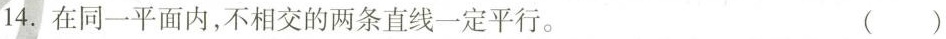
14.在同一平面内，不相交的两条直线一定平行。 ()